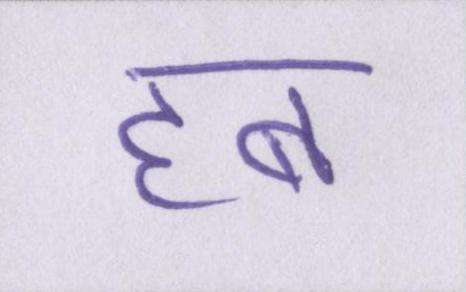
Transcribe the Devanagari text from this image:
हब